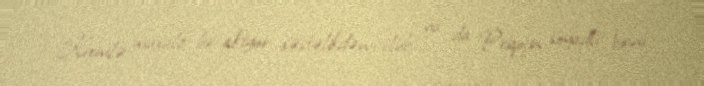
Kremlə müxalif bir aktyor xəstəlikdən ölüb, ya da Priqojin soyadlı birini